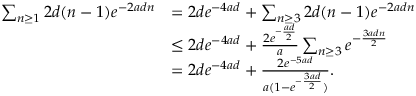
\begin{array} { r l } { \sum _ { n \geq 1 } 2 d ( n - 1 ) e ^ { - 2 a d n } } & { = 2 d e ^ { - 4 a d } + \sum _ { n \geq 3 } 2 d ( n - 1 ) e ^ { - 2 a d n } } \\ & { \leq 2 d e ^ { - 4 a d } + \frac { 2 e ^ { - \frac { a d } { 2 } } } { a } \sum _ { n \geq 3 } e ^ { - \frac { 3 a d n } { 2 } } } \\ & { = 2 d e ^ { - 4 a d } + \frac { 2 e ^ { - 5 a d } } { a ( 1 - e ^ { - \frac { 3 a d } { 2 } } ) } . } \end{array}